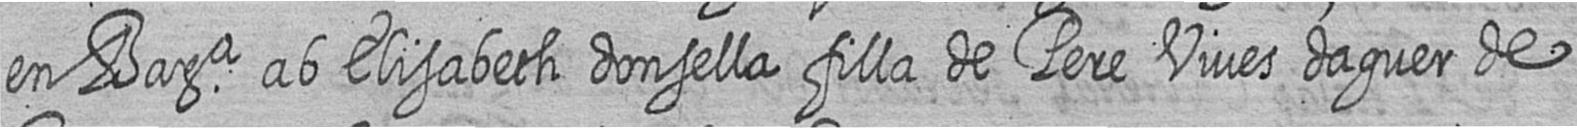
en Bara ab Elisabeth donsella filla de Pere Vives daguer de